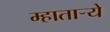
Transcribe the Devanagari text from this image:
म्हातार्‍ये